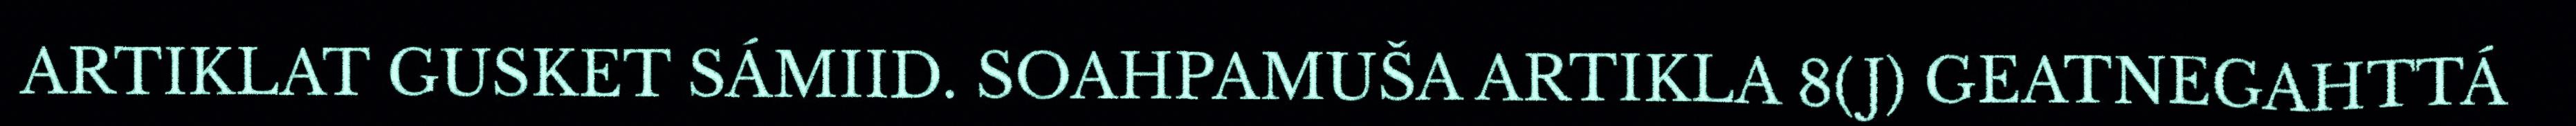
ARTIKLAT GUSKET SÁMIID. SOAHPAMUŠA ARTIKLA 8(J) GEATNEGAHTTÁ